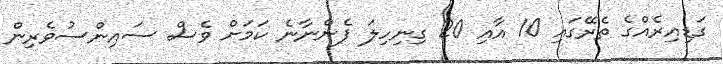
ގަޑިއިރެއްގެ ތެރޭގައި 10 އާއި 20 ގިނިހިލަ ފެންނާނެ ކަމަށް ވެސް ސައިންސުވެރިން